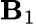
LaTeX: \mathbf{B}_{1}